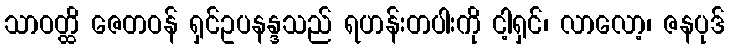
သာဝတ္ထိ ဇေတဝန် ရှင်ဥပနန္ဒသည် ရဟန်းတပါးကို ငါ့ရှင်၊ လာလော့၊ ဇနပုဒ်